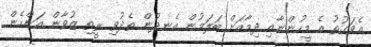
އެވަގުތު އެ މީހުންނާއި ދިމާއަށް ބަލަމުން އެނދުން ތެދުވި ރީތި ޒުވާން އަންހެން